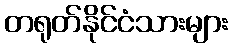
တရုတ်နိုင်ငံသားများ